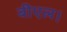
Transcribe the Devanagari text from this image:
बीएल।